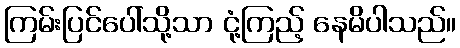
ကြမ်းပြင်ပေါ်သို့သာ ငုံ့ကြည့် နေမိပါသည်။